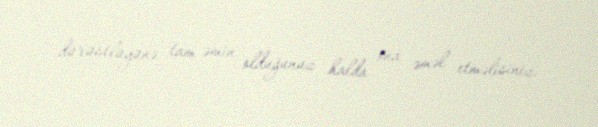
dürüstlüyünə tam əmin olduğunuz halda ona əməl etməlisiniz.